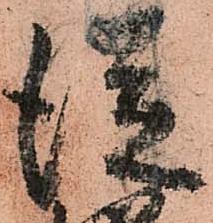
従